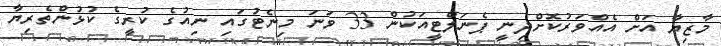
މާޒިޔާ އަށް އެއްވަރުކޮށްދިނީ ޕެނަލްޓީއަކުން 33 ވަނަ މިނެޓުގައި ނިއުގެ ކުރީގެ ކުޅުންތެރިޔާ